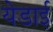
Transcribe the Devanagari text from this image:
येडाई